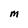
Character: m